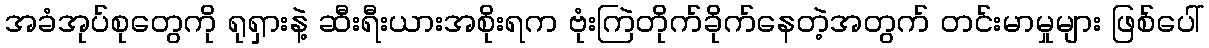
အခံအုပ်စုတွေကို ရုရှားနဲ့ ဆီးရီးယားအစိုးရက ဗုံးကြဲတိုက်ခိုက်နေတဲ့အတွက် တင်းမာမှုများ ဖြစ်ပေါ်